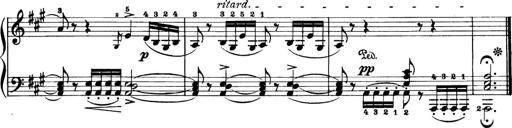
Title: 11 Sonatinas
Composer: Anton Diabelli